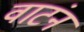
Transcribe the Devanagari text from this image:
वाटंनं